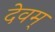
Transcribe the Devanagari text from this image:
देवम्